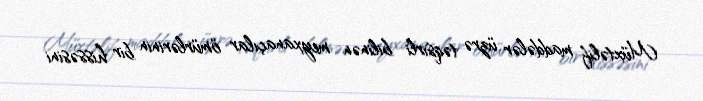
Müxtəlif maddələr üzrə təqsirli bilinən meyxanaçılar ömürlərinin bir hissəsini